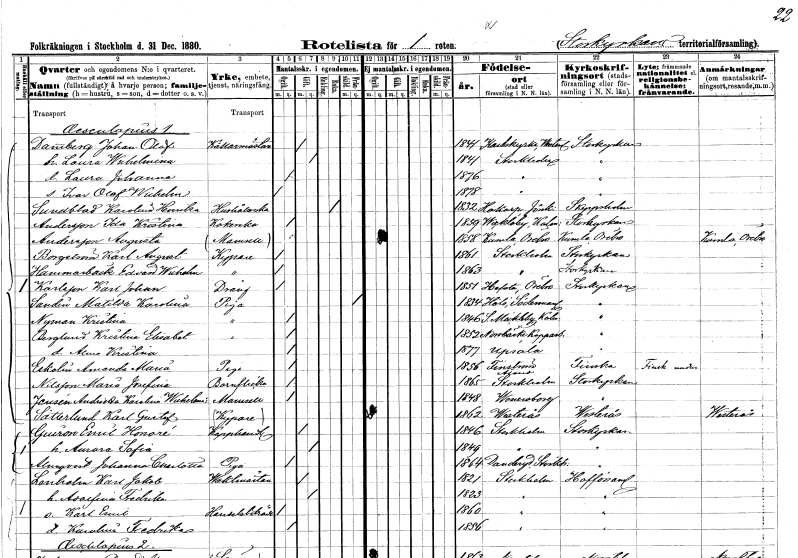
gt_parse: households: individuals: FN: Johan Olof
EN: Dammberg
YRKE: Källarmästare
KON: M
CIV: G
FODAR: 1844
FODFORS: Karlskyrka Västmanlands län
FN: Laura Wilhelmina
KON: K
CIV: G
FODAR: 1841
FODFORS: Stockholm
FN: Laura Johanna
KON: K
CIV: O
FODAR: 1876
FODFORS: Stockholm
FN: Ivar Olof Wilhelm
KON: M
CIV: O
FODAR: 1878
FODFORS: Stockholm
FN: Karolina Henrika
EN: Sundblad
YRKE: Hushållerska
KON: K
CIV: O
FODAR: 1832
FODFORS: Hakarp Jönköpings län
FN: Ida Kristina
EN: Andersson
YRKE: Kokerska
KON: K
CIV: O
FODAR: 1859
FODFORS: Vickleby Kalmar län
FN: Augusta
EN: Andersson
KON: K
CIV: O
FODAR: 1858
FODFORS: Kumla Örebro län
FN: Karl August
EN: Borgström
YRKE: Kypare
KON: M
CIV: O
FODAR: 1861
FODFORS: Stockholm
FN: Edvard Wilhelm
EN: Hammarbäck
YRKE: Kypare
KON: M
CIV: O
FODAR: 1863
FODFORS: Stockholm
FN: Karl Johan
EN: Karlsson
YRKE: Dräng
KON: M
CIV: O
FODAR: 1851
FODFORS: Hovsta Örebro län
FN: Matilda Karolina
EN: Sandin
YRKE: Piga
KON: K
CIV: X
FODAR: 1834
FODFORS: Hölö Stockholms län
FN: Kristina
EN: Nyman
YRKE: Piga
KON: K
CIV: O
FODAR: 1846
FODFORS: Södra Möckleby Kalmar län
FN: Kristina Elisabet
EN: Berglund
YRKE: Piga
KON: K
CIV: O
FODAR: 1852
FODFORS: Norrbärke Kopparbergs län
FN: Alma Kristina
KON: K
CIV: O
FODAR: 1877
FODFORS: Uppsala Uppsala län
FN: Maria Josefina
EN: Nilsson
YRKE: Barnflicka
KON: K
CIV: O
FODAR: 1865
FODFORS: Stockholm
FN: Amanda Maria
EN: Eckelin
YRKE: Piga
KON: K
CIV: O
FODAR: 1856
FN: Andrietta Karolina Wilhelmina
EN: Jensén
KON: K
CIV: O
FODAR: 1848
FODFORS: Vänersborg Älvsborgs län
FN: Karl Gustaf
EN: Sätterlund
YRKE: Kypare
KON: M
CIV: O
FODAR: 1862
FODFORS: Västerås Västmanlands län
FN: Emil Honoré
EN: Guiron
YRKE: Kapphandlande
KON: M
CIV: G
FODAR: 1846
FODFORS: Stockholm
FN: Aurora Sofia
KON: K
CIV: G
FODAR: 1849
FODFORS: Stockholm
FN: Johanna Charlotta
EN: Almqvist
YRKE: Piga
KON: K
CIV: O
FODAR: 1864
FODFORS: Danderyd Stockholms län
FN: Karl Jakob
EN: Länholm
YRKE: Vaktmästare
KON: M
CIV: G
FODAR: 1821
FODFORS: Stockholm
FN: Adolfina Fredrika
KON: K
CIV: G
FODAR: 1823
FODFORS: Stockholm
FN: Karl Emil
YRKE: Handelsbiträde
KON: M
CIV: O
FODAR: 1860
FODFORS: Stockholm
FN: Karolina Fredrika
KON: K
CIV: O
FODAR: 1856
FODFORS: Stockholm